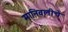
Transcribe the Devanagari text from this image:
मानिवलीचे